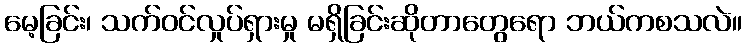
မေ့ခြင်း၊ သက်ဝင်လှုပ်ရှားမှု မရှိခြင်းဆိုတာတွေရော ဘယ်ကစသလဲ။